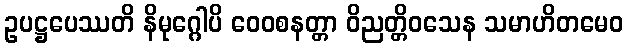
ဥပဋ္ဌပေဿတိ နိမုဂ္ဂေါပိ ဝေဝစနတ္တာ ဝိညတ္တိဝသေန သမာဟိတမေဝ